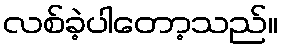
လစ်ခဲ့ပါတော့သည်။